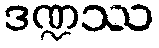
ဒဏ္ဍဿ